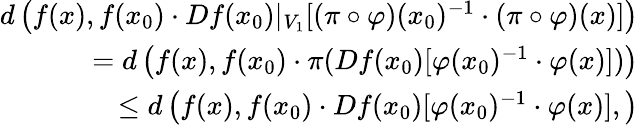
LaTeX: \begin{array}{r}{d\left(f(x),f(x_{0})\cdot Df(x_{0})|_{V_{1}}[(\pi\circ\varphi)(x_{0})^{-1}\cdot(\pi\circ\varphi)(x)]\right)}\\ {\qquad=d\left(f(x),f(x_{0})\cdot\pi(Df(x_{0})[\varphi(x_{0})^{-1}\cdot\varphi(x)])\right)}\\ {\qquad\qquad\leq d\left(f(x),f(x_{0})\cdot Df(x_{0})[\varphi(x_{0})^{-1}\cdot\varphi(x)],\right)}\end{array}